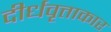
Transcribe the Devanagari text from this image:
दीर्धवृत्ताकार